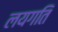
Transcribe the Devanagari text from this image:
लयगति